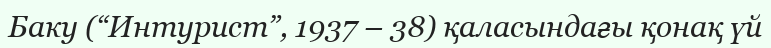
Баку (“Интурист”, 1937 – 38) қаласындағы қонақ үй